Report of the Indian Hemp Drugs Commission, 1894-1895 - Volume VII
Year: 1894
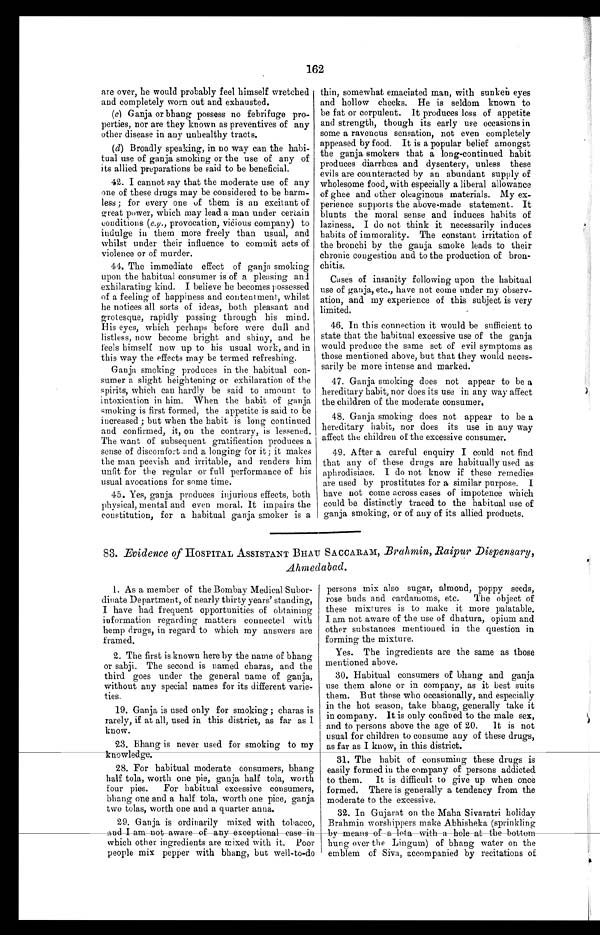
162
are over, he would probably feel himself wretched
and completely worn out and exhausted.
(c) Ganja or bhang possess no febrifuge pro-
perties, nor are they known as preventives of any
other disease in any unhealthy tracts.
(d) Broadly speaking, in no way can the habi-
tual use of ganja smoking or the use of any of
its allied preparations be said to be beneficial.
42. I cannot say that the moderate use of any
one of these drugs may be considered to be harm-
less ; for every one of them is an excitant of
great power, which may lead a man under certain
conditions ( e.g., provocation, vicious company) to
indulge in them more freely than usual, and
whilst under their influence to commit acts of
violence or of murder.
44. The immediate effect of ganja smoking
upon the habitual consumer is of a pleasing and
exhilarating kind. I believe he becomes possessed
of a feeling of happiness and contentment, whilst
he notices all sorts of ideas, both pleasant and
grotesque, rapidly passing through his mind.
His eyes, which perhaps before were dull and
listless, now become bright and shiny, and he
feels himself now up to his usual work, and in
this way the effects may be termed refreshing.
Ganja smoking produces in the habitual con-
sumer a slight heightening or exhilaration of the
spirits, which can hardly be said to amount to
intoxication in him. When the habit of ganja
smoking is first formed, the appetite is said to be
increased ; but when the habit is long continued
and confirmed, it, on the contrary, is lessened.
The want of subsequent gratification produces a
sense of discomfort and a longing for it ; it makes
the man peevish and irritable, and renders him
unfit for the regular or full performance of his
usual avocations for some time.
45. Yes, ganja produces injurious effects, both
physical, mental and even moral. It impairs the
constitution, for a habitual ganja smoker is a
thin, somewhat emaciated man, with sunken eyes
and hollow cheeks. He is seldom known to
be fat or corpulent. It produces loss of appetite
and strength, though its early use occasions in
some a ravenous sensation, not even completely
appeased by food. It is a popular belief amongst
the ganja smokers that a long-continued habit
produces diarrhœa and dysentery, unless these
evils are counteracted by an abundant supply of
wholesome food, with especially a liberal allowance
of ghee and other oleaginous materials. My ex-
perience supports the above-made statement. It
blunts the moral sense and induces habits of
laziness. I do not think it necessarily induces
habits of immorality. The constant irritation of
the bronchi by the ganja smoke leads to their
chronic congestion and to the production of bron-
chitis.
Cases of insanity following upon the habitual
use of ganja, etc., have not come under my observ-
ation, and my experience of this subject is very
limited.
46. In this connection it would be sufficient to
state that the habitual excessive use of the ganja
would produce the same set of evil symptoms as
those mentioned above, but that they would neces-
sarily be more intense and marked.
47. Ganja smoking does not appear to be a
hereditary habit, nor does its use in any way affect
the children of the moderate consumer.
48. Ganja smoking does not appear to be a
hereditary habit, nor does its use in any way
affect the children of the excessive consumer.
49. After a careful enquiry I could not find
that any of these drugs are habitually used as
aphrodisiacs. I do not know if these remedies
are used by prostitutes for a similar purpose. I
have not come across cases of impotence which
could be distinctly traced to the habitual use of
ganja smoking, or of any of its allied products.
8 83. Evidence of HOSPITAL ASSISTANT BHAU SACCARAM, Brahmin, Raipur Dispensary,
Ahmedabad.
1. As a member of the Bombay Medical Subor-
dinate Department, of nearly thirty years' standing,
I have had frequent opportunities of obtaining
information regarding matters connected with
hemp drugs, in regard to which my answers are
framed.
2. The first is known here by the name of bhang
or sabji. The second is named charas, and the
third goes under the general name of ganja,
without any special names for its different varie-
ties.
19. Ganja is used only for smoking ; charas is
rarely, if at all, used in this district, as far as I
know.
23. Bhang is never used for smoking to my
knowledge.
28. For habitual moderate consumers, bhang
half tola, worth one pie, ganja half tola, worth
four pies. For habitual excessive consumers,
bhang one and a half tola, worth one pice, ganja
two tolas, worth one and a quarter anna.
29. Ganja is ordinarily mixed with tobacco,
a n d I a m n o t a w a r e o f a n y e x c e p t i o n a l c a s e i n w h i c h o t h e r i n g r e d i e n t s a r e m i x e d w i t h i t . P o o r
people mix pepper with bhang, but well-to-do
persons mix also sugar, almond, poppy seeds,
rose buds and cardamoms, etc. The object of
these mixtures is to make it more palatable.
I am not aware of the use of dhatura, opium and
other substances mentioned in the question in
forming the mixture.
Yes. The ingredients are the same as those
mentioned above.
30. Habitual consumers of bhang and ganja
use them alone or in company, as it best suits
them. But those who occasionally, and especially
in the hot season, take bhang, generally take it
in company. It is only confined to the male sex,
and to persons above the age of 20. It is not
usual for children to consume any of these drugs,
as far as I know, in this district.
31. The habit of consuming these drugs is
easily formed in the company of persons addicted
to them. It is difficult to give up when once
formed. There is generally a tendency from the
moderate to the excessive.
32. In Gujarat on the Maha Sivaratri holiday
Brahmin worshippers make Abhisheka (sprinkling
b y m e a n s o f a l o t a w i t h a h o l e a t t h e b o t t o m h u n g o v e r t h e L i n g u m ) o f b h a n g w a t e r o n t h e
emblem of Siva, accompanied by recitations of